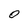
Character: 0